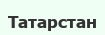
Татарстан